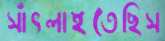
সাঁৎলাইতেছিস